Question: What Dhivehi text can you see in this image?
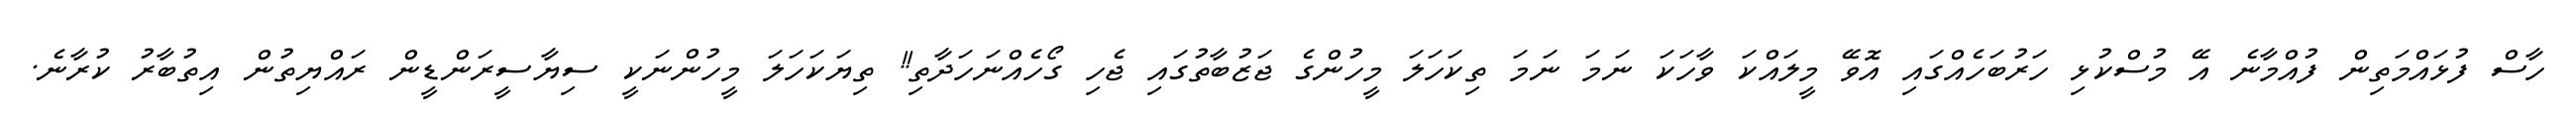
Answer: ހާސް ފުޅައްމަތިން ފުއްމާނެ އޭ މުސްކުޅި ހަރުބަހެއްގައި އޮވޭ މީލައްކަ ވާހަކަ ނަމަ ނަމަ ތިކަހަލަ މީހުންގެ ޖަޒުބާތުގައި ޖެހި ގޯހެއްނަހަދާތި!! ތިޔަކަހަލަ މީހުންނަކީ ސިޔާސީރަންޑީން ރައްޔިތުން އިތުބާރު ކުރާނެ.